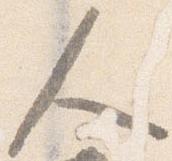
人